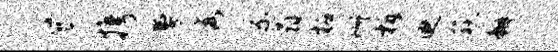
爨携曼秀系翕柘珊柝迪荻瓣